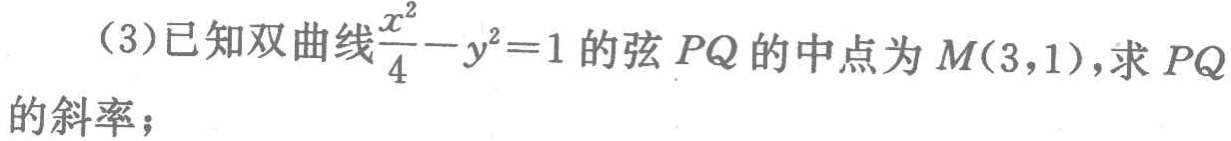
（3）已知双曲线$\frac{x^{2}}{4}-y^{2}=1$的弦$PQ$的中点为$M(3,1)$，求$PQ$的斜率；